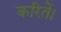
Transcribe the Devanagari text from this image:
करितें।